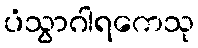
ပံသွာဂါရကေသု